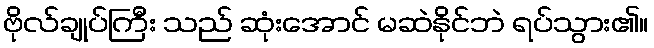
ဗိုလ်ချုပ်ကြီး သည် ဆုံးအောင် မဆဲနိုင်ဘဲ ရပ်သွား၏။